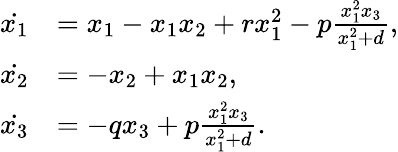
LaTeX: \begin{array}{rl}{\dot{{x}_{1}}}&{={x}_{1}-{x}_{1}{x}_{2}+{r}{x}_{1}^{2}-{p}\frac{{x}_{1}^{2}{x}_{3}}{{x}_{1}^{2}+d},}\\ {\dot{{x}_{2}}}&{=-{x}_{2}+{x}_{1}{x}_{2},}\\ {\dot{{x}_{3}}}&{=-{q}{x}_{3}+{p}\frac{{x}_{1}^{2}{x}_{3}}{{x}_{1}^{2}+d}.}\end{array}